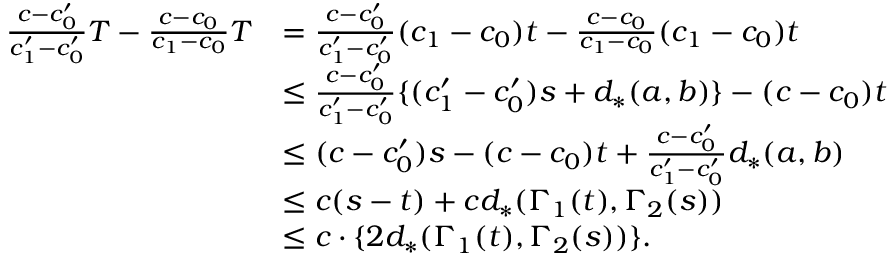
\begin{array} { r l } { \frac { c - c _ { 0 } ^ { \prime } } { c _ { 1 } ^ { \prime } - c _ { 0 } ^ { \prime } } T - \frac { c - c _ { 0 } } { c _ { 1 } - c _ { 0 } } T } & { = \frac { c - c _ { 0 } ^ { \prime } } { c _ { 1 } ^ { \prime } - c _ { 0 } ^ { \prime } } ( c _ { 1 } - c _ { 0 } ) t - \frac { c - c _ { 0 } } { c _ { 1 } - c _ { 0 } } ( c _ { 1 } - c _ { 0 } ) t } \\ & { \leq \frac { c - c _ { 0 } ^ { \prime } } { c _ { 1 } ^ { \prime } - c _ { 0 } ^ { \prime } } \{ ( c _ { 1 } ^ { \prime } - c _ { 0 } ^ { \prime } ) s + d _ { * } ( a , b ) \} - ( c - c _ { 0 } ) t } \\ & { \leq ( c - c _ { 0 } ^ { \prime } ) s - ( c - c _ { 0 } ) t + \frac { c - c _ { 0 } ^ { \prime } } { c _ { 1 } ^ { \prime } - c _ { 0 } ^ { \prime } } d _ { * } ( a , b ) } \\ & { \leq c ( s - t ) + c d _ { * } ( \Gamma _ { 1 } ( t ) , \Gamma _ { 2 } ( s ) ) } \\ & { \leq c \cdot \{ 2 d _ { * } ( \Gamma _ { 1 } ( t ) , \Gamma _ { 2 } ( s ) ) \} . } \end{array}